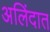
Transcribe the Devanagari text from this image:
अलिंदात